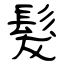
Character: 髮